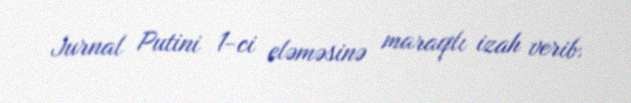
Jurnal Putini 1-ci eləməsinə maraqlı izah verib.